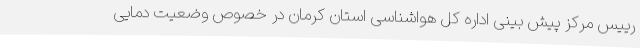
رییس مرکز پیش بینی اداره کل هواشناسی استان کرمان در خصوص وضعیت دمایی